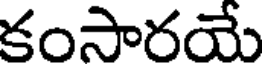
కంసారయే